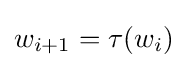
w_{i+1}=\tau (w_{i})